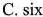
C.six